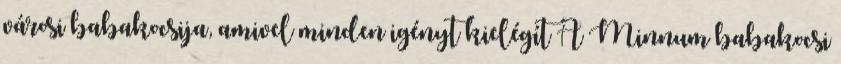
városi babakocsija, amivel minden igényt kielégít A Minnum babakocsi